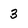
Character: 3